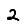
Digit: 2